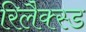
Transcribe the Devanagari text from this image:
रिलैक्स्ड